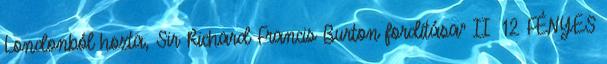
Londonból hozta, Sir Richard Francis Burton fordítása” II 12 FÉNYES